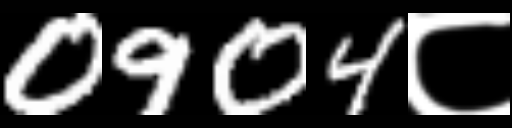
Text: 0904८